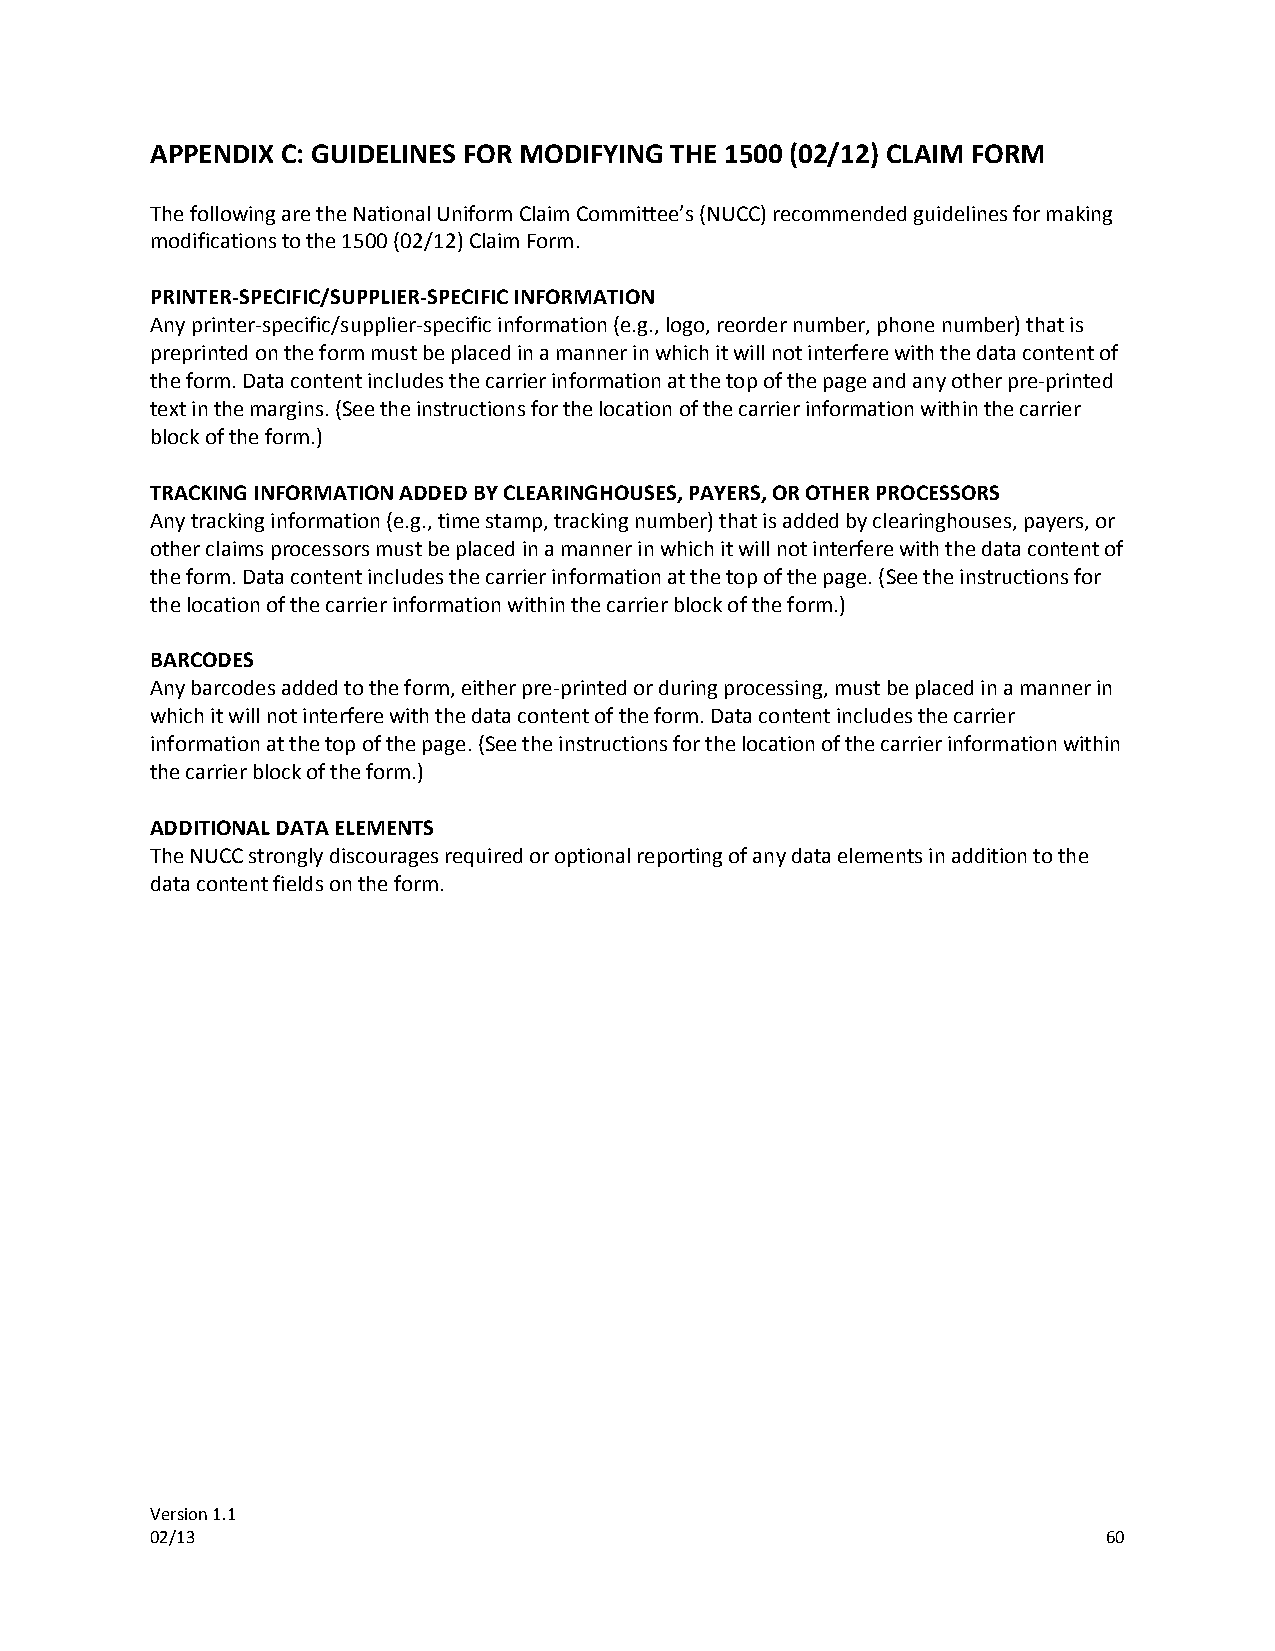
APPENDIX C: GUIDELINES FOR MODIFYING THE 1500 (02/12) CLAIM FORM
 The following are the National Uniform Claim Committee’s (NUCC) recommended guidelines for making
 modifications to the 1500 (02/12) Claim Form.
 PRINTER-SPECIFIC/SUPPLIER-SPECIFIC INFORMATION
 Any printer-specific/supplier-specific information (e.g., logo, reorder number, phone number) that is
 preprinted on the form must be placed in a manner in which it will not interfere with the data content of
 the form. Data content includes the carrier information at the top of the page and any other pre-printed
 text in the margins. (See the instructions for the location of the carrier information within the carrier
 block of the form.)
 TRACKING INFORMATION ADDED BY CLEARINGHOUSES, PAYERS, OR OTHER PROCESSORS
 Any tracking information (e.g., time stamp, tracking number) that is added by clearinghouses, payers, or
 other claims processors must be placed in a manner in which it will not interfere with the data content of
 the form. Data content includes the carrier information at the top of the page. (See the instructions for
 the location of the carrier information within the carrier block of the form.)
 BARCODES
 Any barcodes added to the form, either pre-printed or during processing, must be placed in a manner in
 which it will not interfere with the data content of the form. Data content includes the carrier
 information at the top of the page. (See the instructions for the location of the carrier information within
 the carrier block of the form.)
 ADDITIONAL DATA ELEMENTS
 The NUCC strongly discourages required or optional reporting of any data elements in addition to the
 data content fields on the form.
 Version 1.1
 02/13                                                          60